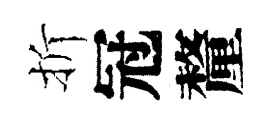
折冠釐